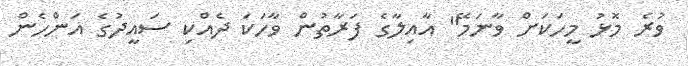
ވުރެ މޮޅު މީހަކަށް ވާނަމޭ" އާއިލާގެ ފަރާތުން ވާހަކަ ދެއްކި ސައީދުގެ އަންހެން